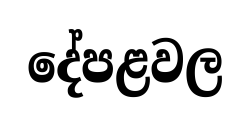
දේපළවල